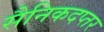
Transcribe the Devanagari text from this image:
सैनिकदप्तर